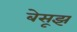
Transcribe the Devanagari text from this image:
बेसूझ